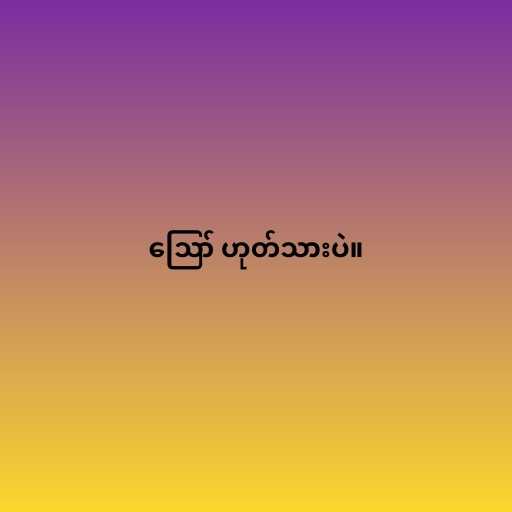
ဪ ဟုတ်သားပဲ။